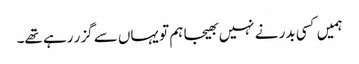
ہمیں کسی بدر نے نہیں بھیجا ہم تو یہاں سے گزر رہے تھے۔